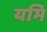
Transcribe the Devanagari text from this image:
यमि